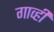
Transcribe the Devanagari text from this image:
गार्व्ही